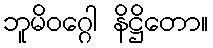
ဘူမိဝဂ္ဂေါ နိဋ္ဌိတော။